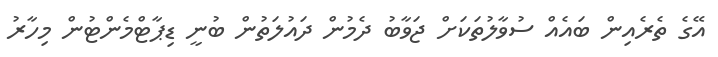
އޭގެ ތެރެއިން ބައެއް ސުވާލުތަކަށް ޖަވާބު ދެމުން ދައުލަތުން ބުނީ ޑިޕާޓްމެންޓުން މިހާރު